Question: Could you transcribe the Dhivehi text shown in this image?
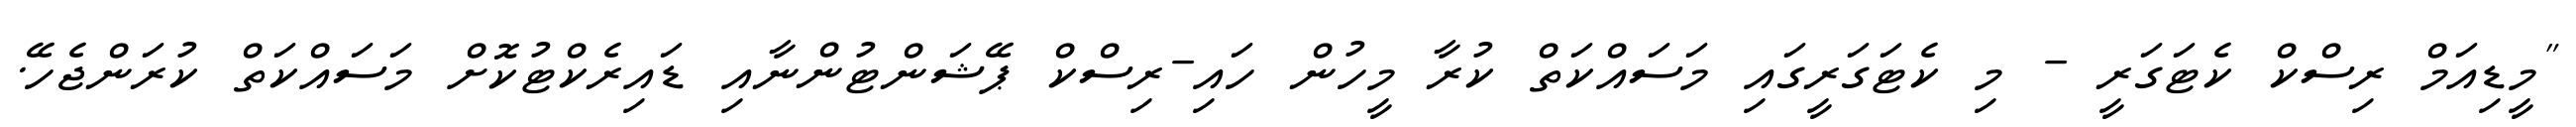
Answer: "މީޑިއަމް ރިސްކް ކެޓަގަރީ - މި ކެޓަގަރީގައި މަސައްކަތް ކުރާ މީހުން ހައި-ރިސްކް ޕޭޝަންޓުންނާއި ޑައިރެކްޓުކޮށް މަސައްކަތް ކުރަންޖެހޭ.